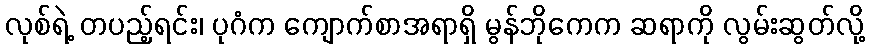
လုစ်ရဲ့ တပည့်ရင်း၊ ပုဂံက ကျောက်စာအရာရှိ မွန်ဘိုကေက ဆရာကို လွမ်းဆွတ်လို့